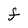
Character: F